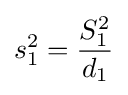
s_{1}^{2}={\frac {S_{1}^{2}}{d_{1}}}